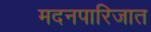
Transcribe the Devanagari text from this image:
मदनपारिजात